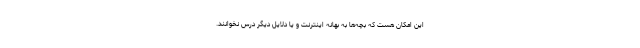
این امکان هست که بچه‌ها به بهانه اینترنت و یا دلایل دیگر درس نخوانند.